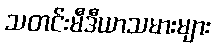
သတင်းမီဒီယာသမားများ